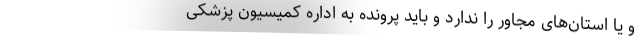
و یا استان‌های مجاور را ندارد و باید پرونده به اداره کمیسیون پزشکی